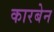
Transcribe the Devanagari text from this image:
कारबेन